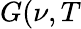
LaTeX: G(\nu,T